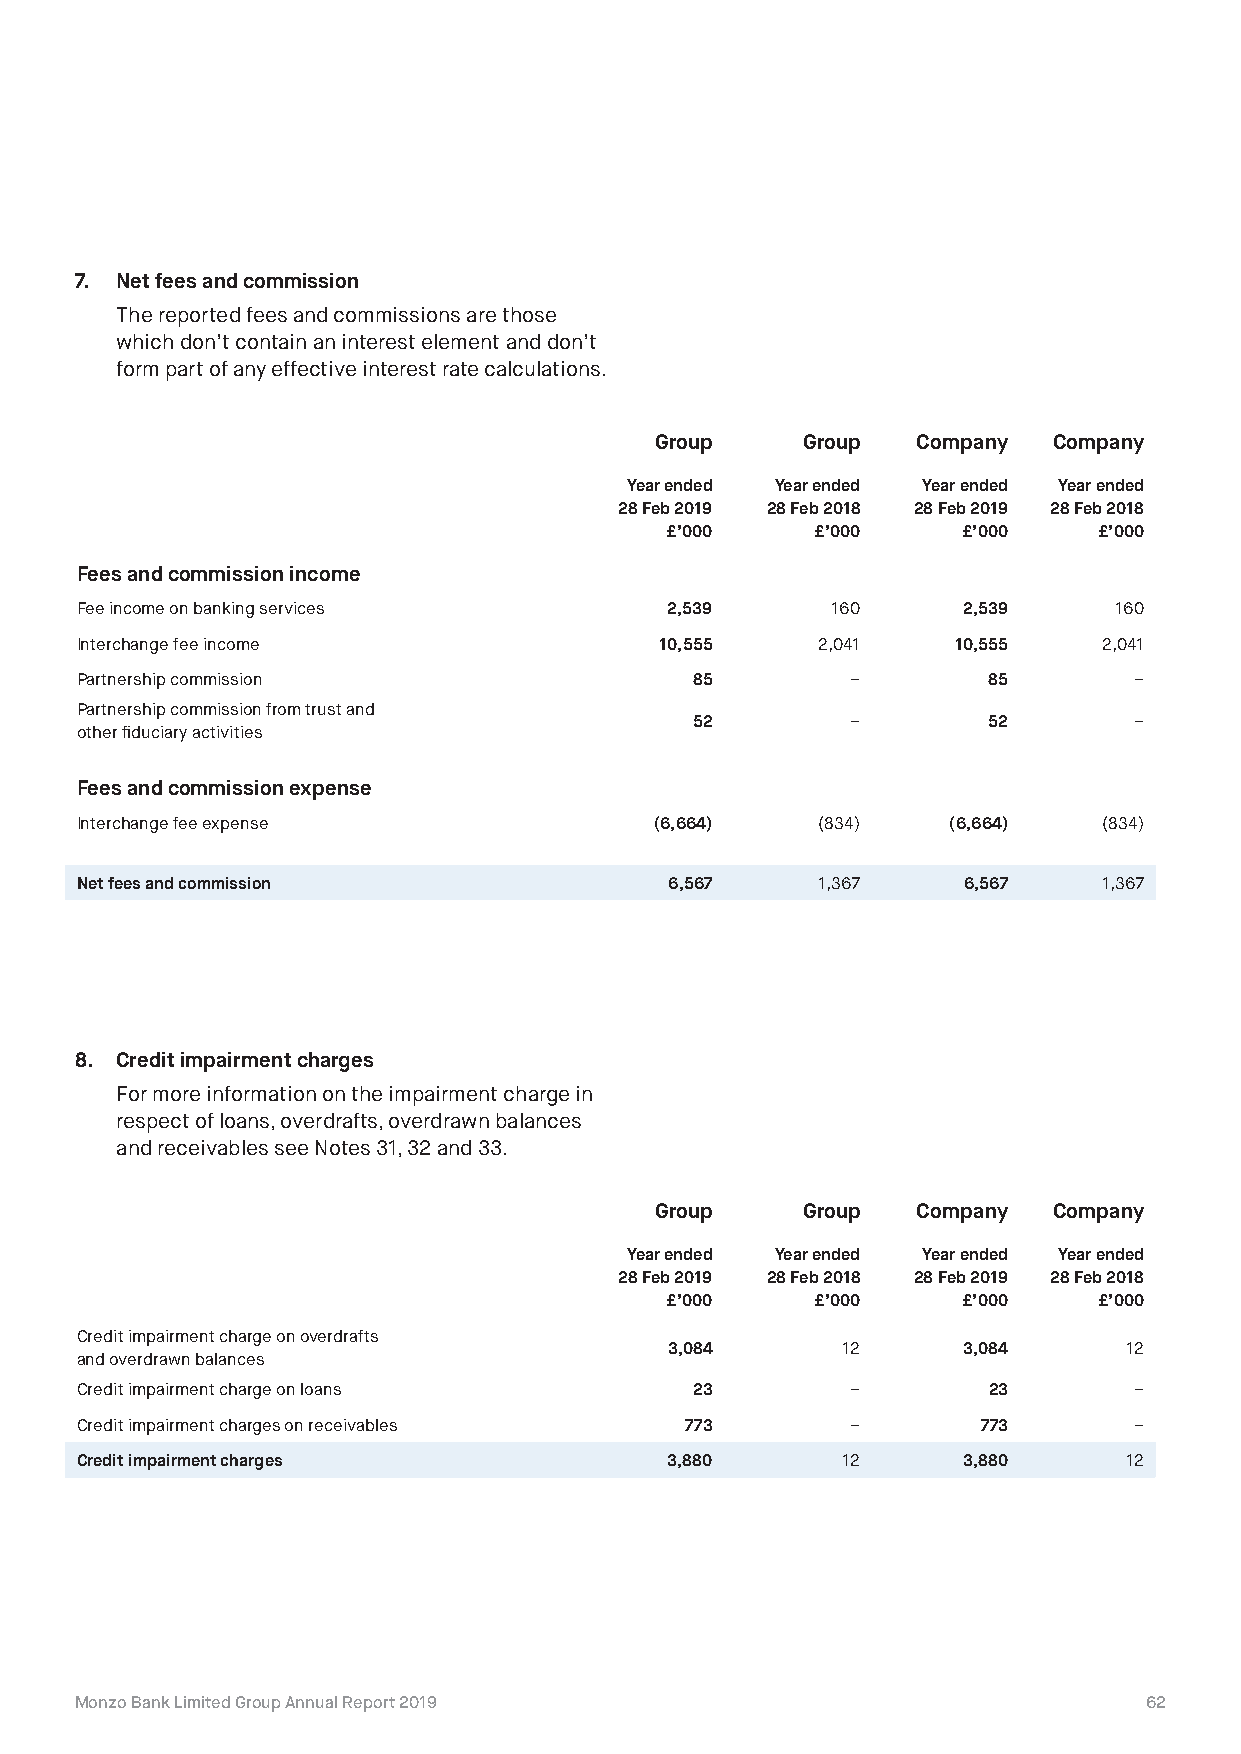
7. Net fees and commission
 The reported fees and commissions are those
 which don’t contain an interest element and don’t
 form part of any effective interest rate calculations.
 Group     Group   Company  Company
 Year ended Year ended Year ended Year ended
 28 Feb 2019 28 Feb 2018 28 Feb 2019 28 Feb 2018
 £’000     £’000     £’000    £’000
 Fees and commission income
 Fee income on banking services         2,539      160      2,539     160
 Interchange fee income                 10,555    2,041    10,555    2,041
 Partnership commission                   85        –        85        –
 Partnership commission from trust and
 52        –        52        –
 other fiduciary activities
 Fees and commission expense
 Interchange fee expense               (6,664)    (834)    (6,664)   (834)
 Net fees and commission                6,567     1,367     6,567    1,367
 8. Credit impairment charges
 For more information on the impairment charge in
 respect of loans, overdrafts, overdrawn balances
 and receivables see Notes 31, 32 and 33.
 Group     Group   Company  Company
 Year ended Year ended Year ended Year ended
 28 Feb 2019 28 Feb 2018 28 Feb 2019 28 Feb 2018
 £’000     £’000     £’000    £’000
 Credit impairment charge on overdrafts
 3,084       12      3,084      12
 and overdrawn balances
 Credit impairment charge on loans        23        –        23        –
 Credit impairment charges on receivables 773       –        773       –
 Credit impairment charges              3,880       12      3,880      12
 Monzo Bank Limited Group Annual Report 2019                            62